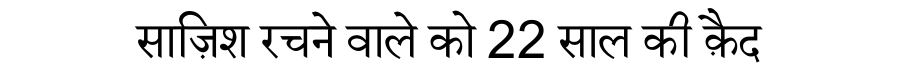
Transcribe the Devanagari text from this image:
साज़िश रचने वाले को 22 साल की क़ैद